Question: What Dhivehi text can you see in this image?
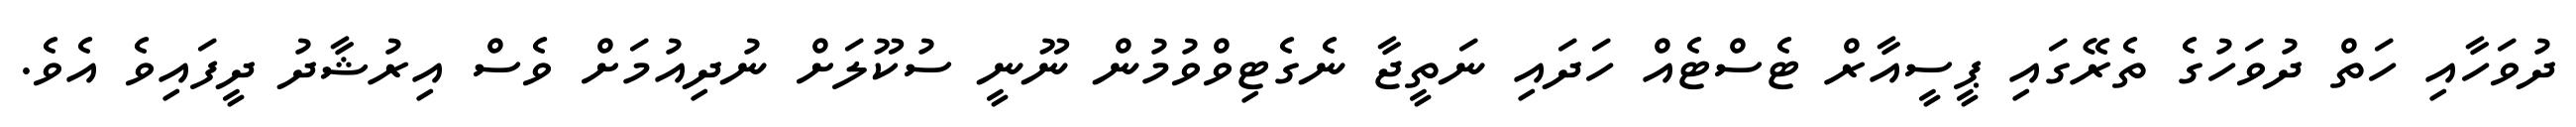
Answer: ދުވަހާއި ހަތް ދުވަހުގެ ތެރޭގައި ޕީސީއާރް ޓެސްޓެއް ހަދައި ނަތީޖާ ނެގެޓިވްވުމުން ނޫނީ ސުކޫލަށް ނުދިއުމަށް ވެސް އިރުޝާދު ދީފައިވެ އެވެ.